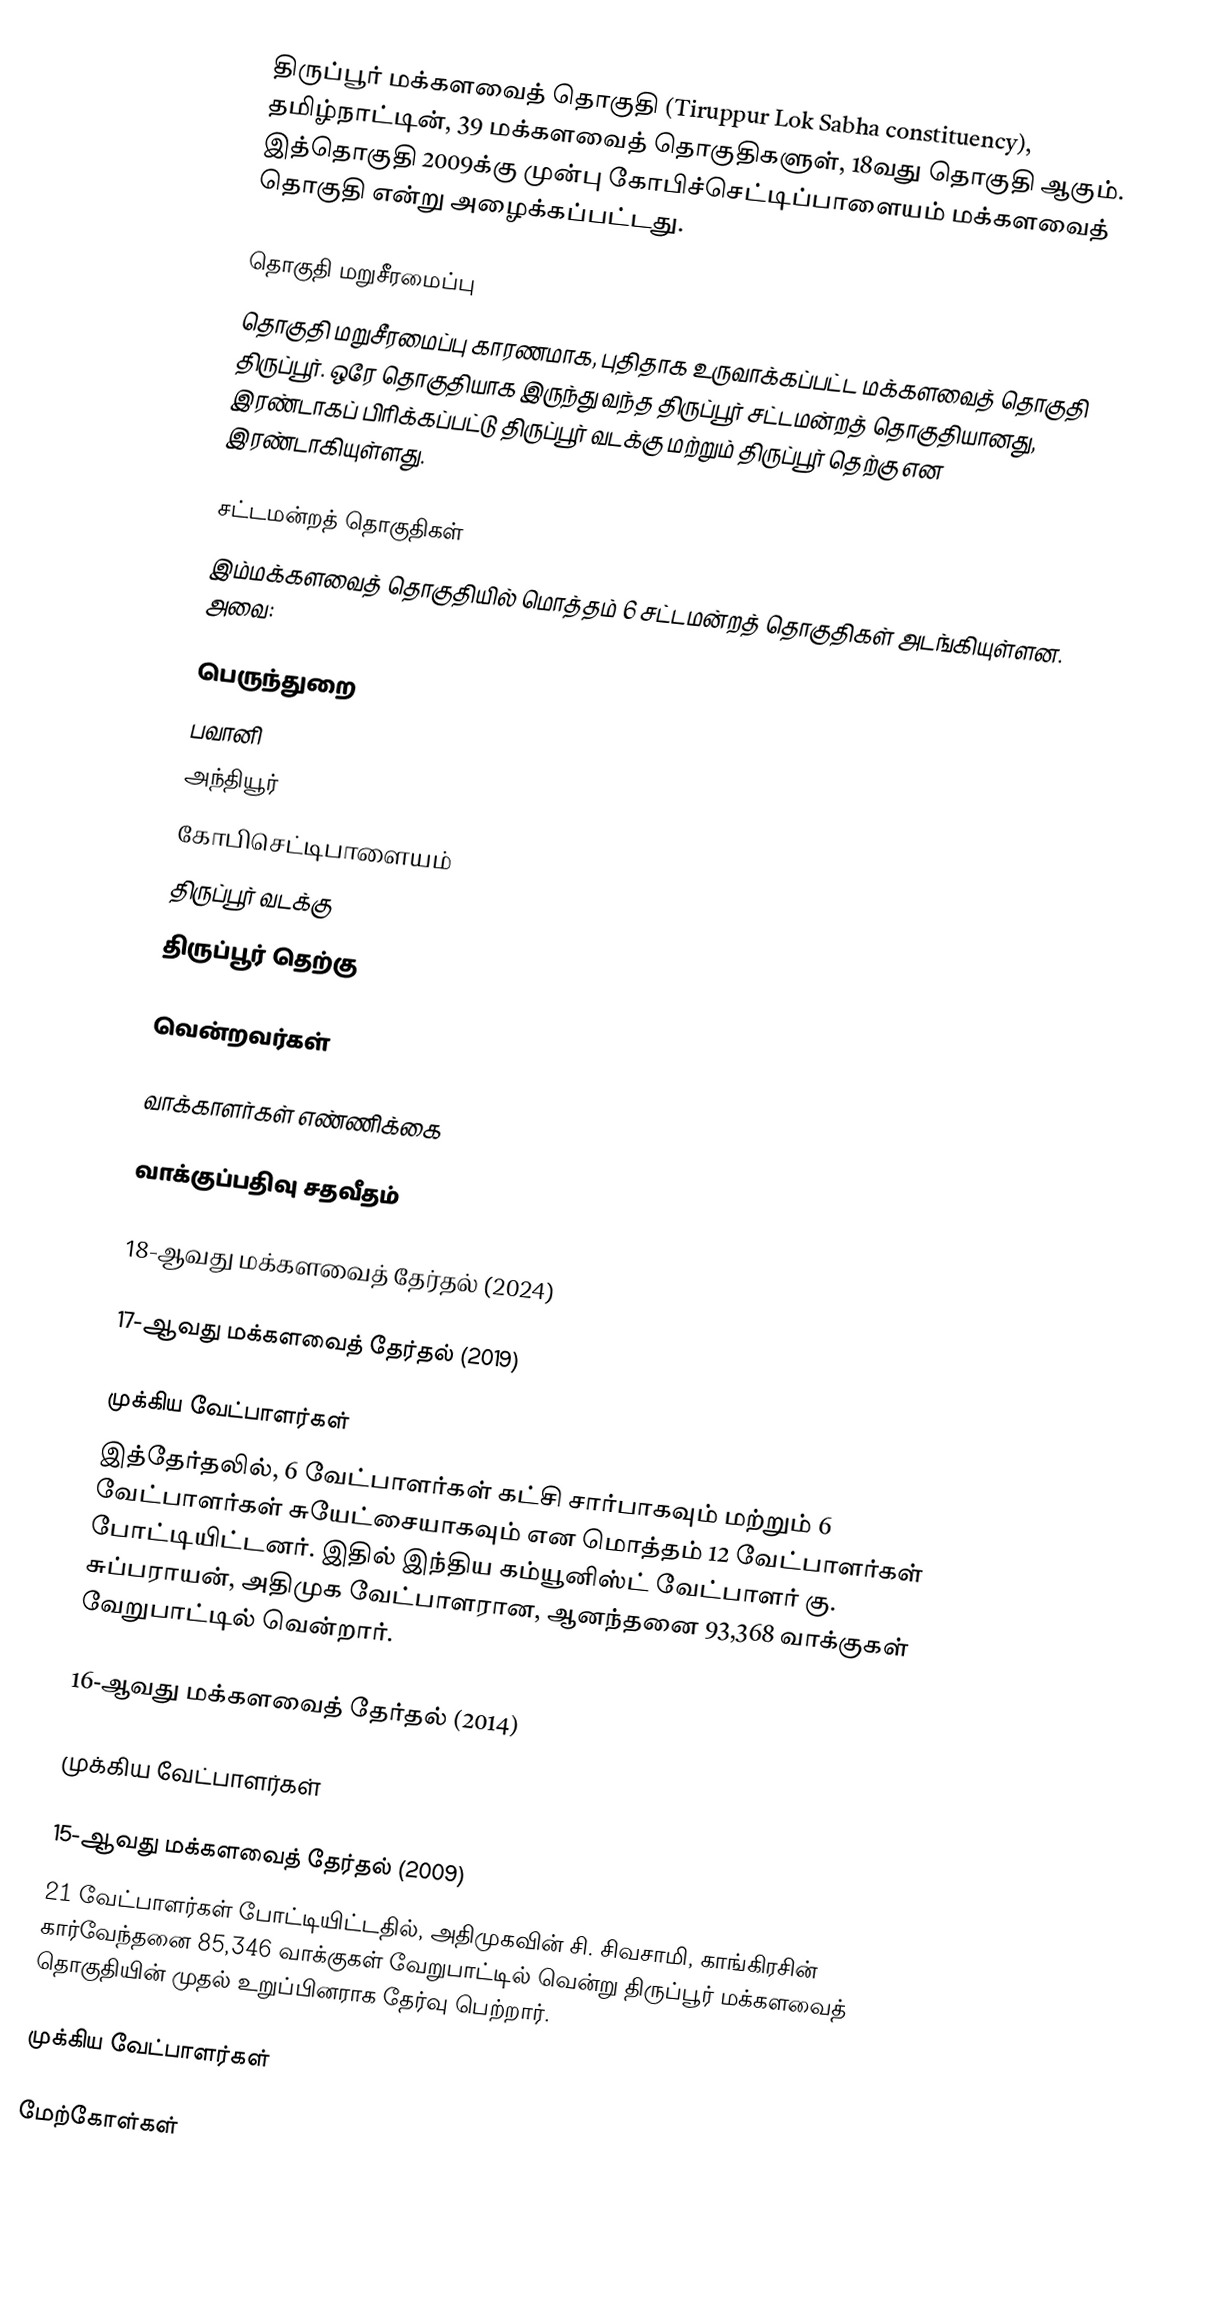
திருப்பூர் மக்களவைத் தொகுதி (Tiruppur Lok Sabha constituency), தமிழ்நாட்டின், 39 மக்களவைத் தொகுதிகளுள், 18வது தொகுதி ஆகும். இத்தொகுதி 2009க்கு முன்பு கோபிச்செட்டிப்பாளையம் மக்களவைத் தொகுதி என்று அழைக்கப்பட்டது.

தொகுதி மறுசீரமைப்பு
தொகுதி மறுசீரமைப்பு காரணமாக, புதிதாக உருவாக்கப்பட்ட மக்களவைத் தொகுதி திருப்பூர். ஒரே தொகுதியாக இருந்து வந்த திருப்பூர் சட்டமன்றத் தொகுதியானது, இரண்டாகப் பிரிக்கப்பட்டு திருப்பூர் வடக்கு மற்றும் திருப்பூர் தெற்கு என இரண்டாகியுள்ளது.

சட்டமன்றத் தொகுதிகள்
இம்மக்களவைத் தொகுதியில் மொத்தம் 6 சட்டமன்றத் தொகுதிகள் அடங்கியுள்ளன. அவை:

 பெருந்துறை
 பவானி
 அந்தியூர்
 கோபிசெட்டிபாளையம்
 திருப்பூர் வடக்கு
 திருப்பூர் தெற்கு

வென்றவர்கள்

வாக்காளர்கள் எண்ணிக்கை

வாக்குப்பதிவு சதவீதம்

18-ஆவது மக்களவைத் தேர்தல் (2024)

17-ஆவது மக்களவைத் தேர்தல் (2019)

முக்கிய வேட்பாளர்கள்
இத்தேர்தலில், 6 வேட்பாளர்கள் கட்சி சார்பாகவும் மற்றும் 6 வேட்பாளர்கள் சுயேட்சையாகவும் என மொத்தம் 12 வேட்பாளர்கள் போட்டியிட்டனர். இதில் இந்திய கம்யூனிஸ்ட் வேட்பாளர் கு. சுப்பராயன், அதிமுக வேட்பாளரான, ஆனந்தனை 93,368 வாக்குகள் வேறுபாட்டில் வென்றார்.

16-ஆவது மக்களவைத் தேர்தல் (2014)

முக்கிய வேட்பாளர்கள்

15-ஆவது மக்களவைத் தேர்தல் (2009)
21 வேட்பாளர்கள் போட்டியிட்டதில், அதிமுகவின் சி. சிவசாமி, காங்கிரசின் கார்வேந்தனை 85,346 வாக்குகள் வேறுபாட்டில் வென்று திருப்பூர் மக்களவைத் தொகுதியின் முதல் உறுப்பினராக தேர்வு பெற்றார்.

முக்கிய வேட்பாளர்கள்

மேற்கோள்கள்